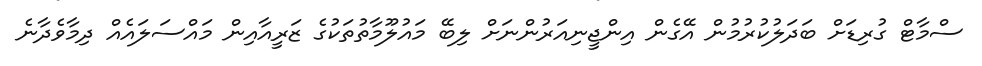
ސްމާޓް ގުރިޑަށް ބަދަލުކުރުމުން އޭގެން އިންޖީނިއަރުންނަށް ލިބޭ މައުލޫމާތުތަކުގެ ޒަރީއާއިން މައްސަލައެއް ދިމާވެދާނެ